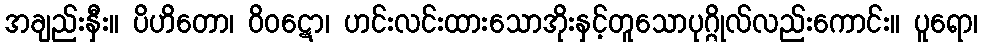
အချည်းနှီး။ ပိဟိတော၊ ဝိဝဋော၊ ဟင်းလင်းထားသောအိုးနှင့်တူသောပုဂ္ဂိုလ်လည်းကောင်း။ ပူရော၊